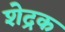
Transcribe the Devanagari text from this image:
शेद्रक